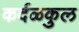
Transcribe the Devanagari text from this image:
कर्दळकुल